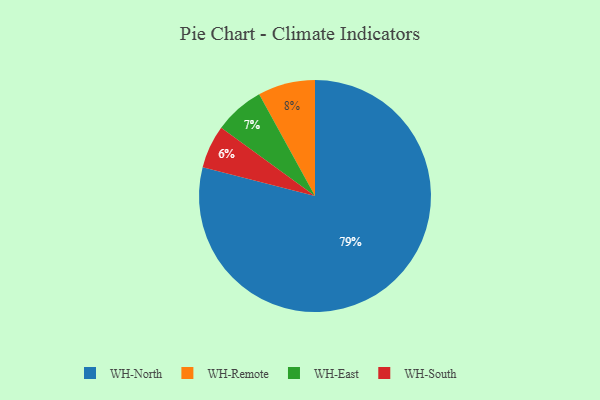
{"axis": {"x": "Category", "y": "Percentage"}, "legend": ["WH-East", "WH-North", "WH-Remote", "WH-South"], "data": [{"x": "WH-South", "y": 6, "type": "WH-South"}, {"x": "WH-Remote", "y": 8, "type": "WH-Remote"}, {"x": "WH-North", "y": 79, "type": "WH-North"}, {"x": "WH-East", "y": 7, "type": "WH-East"}]}